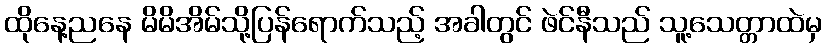
ထိုနေ့ညနေ မိမိအိမ်သို့ပြန်ရောက်သည့် အခါတွင် ဖဲင်နီသည် သူ့သေတ္တာထဲမှ